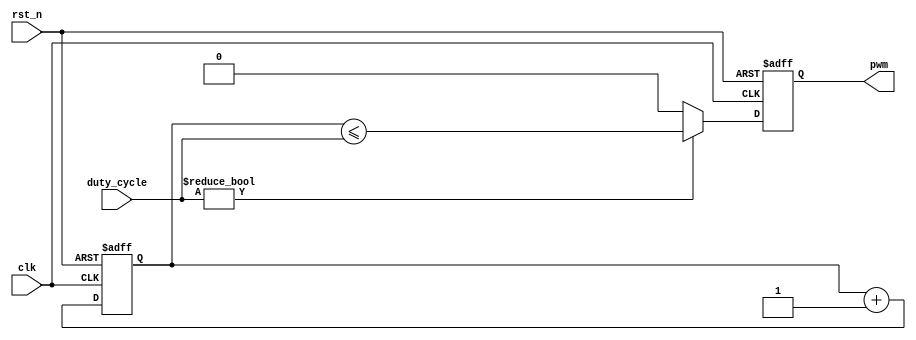
module pwm_generator_1 
#(parameter PWM_DEPTH=8)							
(
	output reg	pwm,									
	input  wire [PWM_DEPTH-1:0] duty_cycle,	
	input  wire rst_n,								
	input  wire clk									
);
reg [PWM_DEPTH-1:0] count;							
wire pwm_next;											
assign pwm_next = (duty_cycle) ? (count <= duty_cycle) : 1'b0;
always @ (negedge rst_n, posedge clk)
begin
	if (!rst_n)
		pwm <= 1'b0;
	else
		pwm <= pwm_next;			
end
always @ (negedge rst_n, posedge clk)
begin
	if (!rst_n)
		count <= 1'b0;
	else
		count <= count + 1'b1;	
end
endmodule